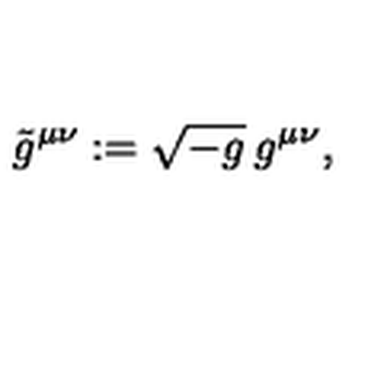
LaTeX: \tilde { g } ^ { \mu \nu } : = \sqrt { - g } \: g ^ { \mu \nu } ,